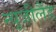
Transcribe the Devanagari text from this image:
न्‍यूजीलैंड